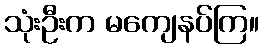
သုံးဦးက မကျေနပ်ကြ။